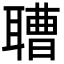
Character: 䏆